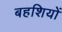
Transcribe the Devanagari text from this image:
बहशियों